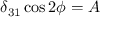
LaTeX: \delta _ { 3 1 } \cos 2 \phi = A